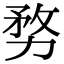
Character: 𠝸